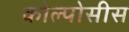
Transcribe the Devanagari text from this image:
कोल्पोसीस